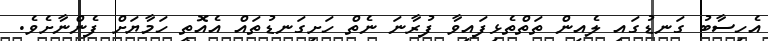
އެހިސާބު ގަނޑުގައި ލެއިން ތަތްތެޅިފައިވާ ފުރާނަ ނެތް ހަށިގަނޑުތައް އެއޮތީ ހަމާޔަށް ފެންނާށެވެ.